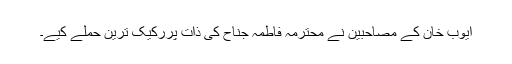
ایوب خان کے مصاحبین نے محترمہ فاطمہ جناح کی ذات پررکیک ترین حملے کیے۔